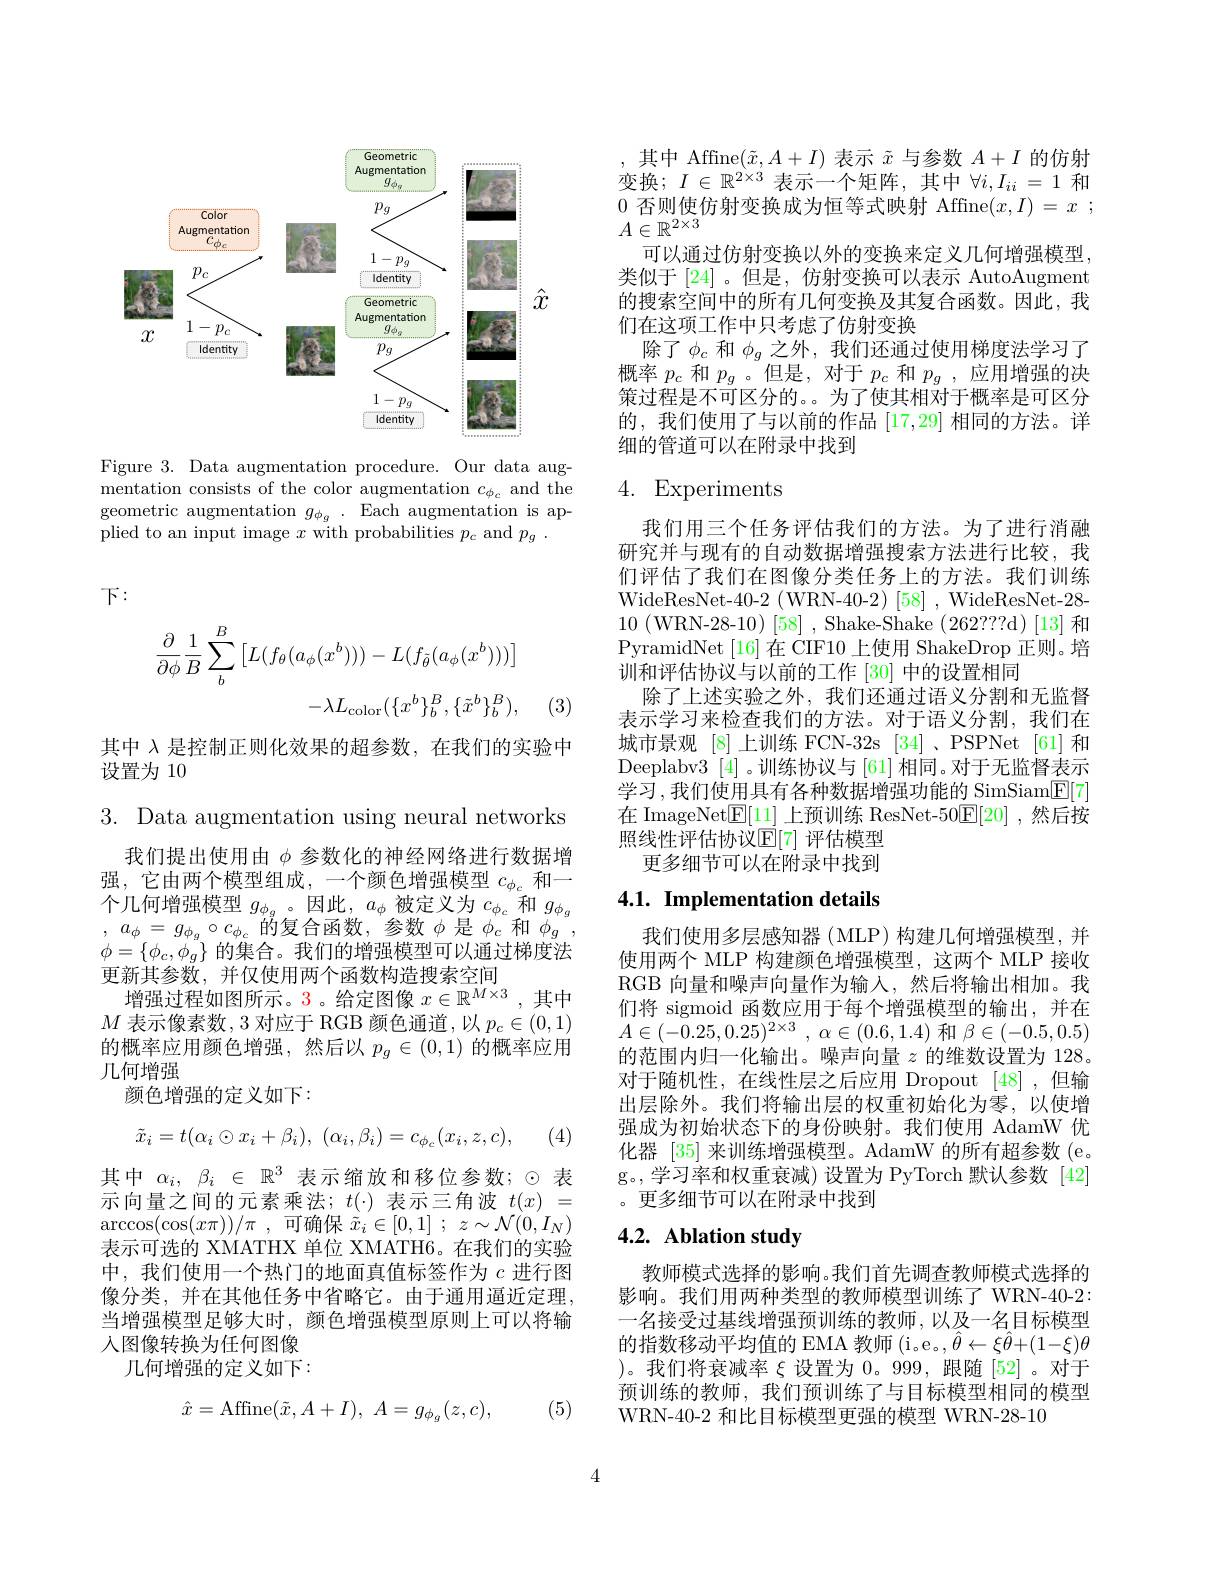
<FigureHere>

Figure 3. Data augmentation procedure. Our data augmentation consists of the color augmentation $c_{\phi_c}$ and the geometric augmentation $g_{\phi_g}.$ Each augmentation is applied to an input image $x$ with probabilities $p_c$ and $p_g$ .

下：
$$\begin{aligned}\frac{\partial}{\partial\phi}\frac{1}{B}\sum_{b}^{B}\left[L(f_{\theta}(a_{\phi}(x^{b})))-L(f_{\tilde{\theta}}(a_{\phi}(x^{b})))\right]\\&-\lambda L_{\mathrm{color}}(\{x^{b}\}_{b}^{B},\{\tilde{x}^{b}\}_{b}^{B}),\end{aligned}$$
(3)

其中$\lambda$是控制正则化效果的超参数，在我们的实验中
设置为 10

3. Data augmentation using neural networks
我们提出使用由$\phi$参数化的神经网络进行数据增强，它由两个模型组成，一个颜色增强模型$c_\phi_c$和一个几何增强模型$g_\phi_g$。因此$,a_\phi$被定义为$c_\phi_c$和$g_{\phi_g}$ , $a_{\phi }=$ $g_{\phi _{g}}\circ c_{\phi _{c}}$的复合函数，参数$\phi$是$\phi_c$和$\phi_g$, $\phi=\{\phi_c,\phi_g\}$的集合。我们的增强模型可以通过梯度法更新其参数，并仅使用两个函数构造搜索空间
增强过程如图所示。3。给定图像$x\in\mathbb{R}^M\times3$,其中$M$表示像素数，3 对应于 RGB 颜色通道 ,以$p_c\in(0,1)$ 的概率应用颜色增强，然后以$p_g\in(0,1)$的概率应用几何增强
颜色增强的定义如下：
$$\tilde{x}_{i}=t(\alpha_{i}\odot x_{i}+\beta_{i}),\:(\alpha_{i},\beta_{i})=c_{\phi_{c}}(x_{i},z,c),$$
(4)

其中$\alpha _i$, $\beta _i\in$ $\mathbb{R} ^3$表示缩放和移位参数；$\odot$表示向量之间的元素乘法；$t(\cdot)$表示三角波$t(x)=$ $\arccos ( \cos ( x\pi ) ) / \pi$ ,可确保 $\tilde{x} _i\in [ 0, 1]$ ; $z\sim \mathcal{N} ( 0, I_N)$ 表示可选的 XMATHX 单位 XMATH6。在我们的实验中，我们使用一个热门的地面真值标签作为$c$进行图像分类，并在其他任务中省略它。由于通用逼近定理， 当增强模型足够大时，颜色增强模型原则上可以将输人图像转换为任何图像
几何增强的定义如下：
$$\hat{x}=\mathrm{Affine}(\tilde{x},A+I),\:A=g_{\phi_{g}}(z,c),$$
, (5)

其中 Affine$(\tilde{x},A+I)$表示$\tilde{x}$与参数$A+I$的仿射变换$;I\in\mathbb{R}^{2\times3}$表示一个矩阵，其中$\forall i,I_ii=1$和0否则使仿射变换成为恒等式映射 Affine$( x, I) = x$ ; $A\in\mathbb{R}^{2\times3}$
可以通过仿射变换以外的变换来定义几何增强模型， 类似于[24] 。但是，仿射变换可以表示 AutoAugment 的搜索空间中的所有几何变换及其复合函数。因此，我们在这项工作中只考虑了仿射变换
除了$\phi_c$和$\phi_g$之外，我们还通过使用梯度法学习了概率$p_c$和$p_g$ 。但是，对于$p_c$和$p_g$,应用增强的决策过程是不可区分的。。为了使其相对于概率是可区分的，我们使用了与以前的作品[17,29]相同的方法。详细的管道可以在附录中找到

## 4. Experiments

我们用三个任务评估我们的方法。为了进行消融研究并与现有的自动数据增强搜索方法进行比较，我们评估了我们在图像分类任务上的方法。我们训练WideResNet-40-2(WRN-40-2)[58],WideResNet-28- 10(WRN- 28- 10)[58],Shake- Shake ( 262? ? ? d) [ 13] 和PyramidNet [16]在 CIF10 上使用 ShakeDrop 正则。培训和评估协议与以前的工作[30]中的设置相同
除了上述实验之外，我们还通过语义分割和无监督表示学习来检查我们的方法。对于语义分割，我们在城市景观 [8] 上训练 FCN-32s [34] ,PSPNet [61] 和Deeplabv3 [4] 。训练协议与 [61] 相同。对于无监督表示学习，我们使用具有各种数据增强功能的 SimSiam$\underline{\mathrm{E}}[7]$ 在 ImageNet$\mathbb{E}[11]$上预训练 ResNet-50$\mathbb{E}[20]$ ,然后按照线性评估协议$\mathbb{E}[7]$ 评估模型
更多细节可以在附录中找到

## 4.1. Implementation details

我们使用多层感知器(MLP)构建几何增强模型，并使用两个 MLP 构建颜色增强模型，这两个 MLP 接收RGB 向量和噪声向量作为输入，然后将输出相加。我们将 sigmoid 函数应用于每个增强模型的输出，并在$A\in ( - 0. 25, 0. 25) ^{2\times 3}$ , $\alpha \in ( 0. 6, 1. 4)$ 和$\beta\in(-0.5,0.5)$ 的范围内归一化输出。噪声向量$z$的维数设置为 128。对于随机性，在线性层之后应用 Dropout [48],但输出层除外。我们将输出层的权重初始化为零，以使增强成为初始状态下的身份映射。我们使用 AdamW 优化器[35]来训练增强模型。AdamW 的所有超参数 (e. g。,学习率和权重衰减) 设置为 PyTorch 默认参数 [42] 。更多细节可以在附录中找到

## 4.2. Ablation study

教师模式选择的影响。我们首先调查教师模式选择的影响。我们用两种类型的教师模型训练了 WRN-40-2: 一名接受过基线增强预训练的教师，以及一名目标模型的指数移动平均值的 EMA 教师( i。e。, $\hat{\theta } \leftarrow \xi \hat{\theta }$+ ( 1- $\xi$) $\theta$ )。我们将衰减率$\xi$设置为0。999,跟随[52]。对于预训练的教师，我们预训练了与目标模型相同的模型WRN-40-2 和比目标模型更强的模型 WRN-28-10

4